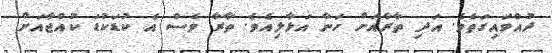
ދުއްވައިގަތެވެ. އަދި ތާރާއަށް ހަނާ އަޅާލިއެވެ. ތާރާ ވެސް އެ ކުޑަކުޑަ ކުއްޖާއަށް